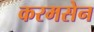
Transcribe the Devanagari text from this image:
करमसेन